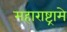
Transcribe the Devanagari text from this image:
महाराष्ट्रामे